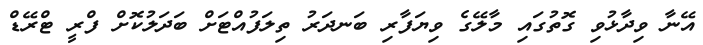
އޭނާ ވިދާޅުވި ގޮތުގައި މާލޭގެ ވިޔަފާރި ބަނދަރު ތިލަފުއްޓަށް ބަދަލުކޮށް ފްރީ ޓްރޭޑް